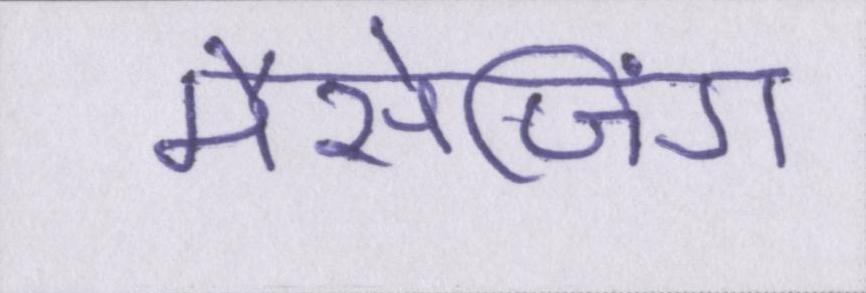
मैसेजिंग